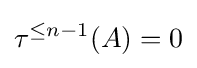
\tau ^{\leq n-1}(A)=0